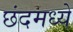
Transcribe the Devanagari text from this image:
छंदमध्ये